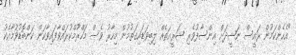
"އެހެންކަމުން ރައީސް ނަޝީދަށް އިންސާފުވެރި ޝަރީއަތެއް ލިބިވަޑައިގަތުމުން މިހާރު ވެސް މަހްރޫމްކުރައްވާފައިވާކަން ކަންބޮޑުވުމާއެކު